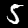
Label: 5